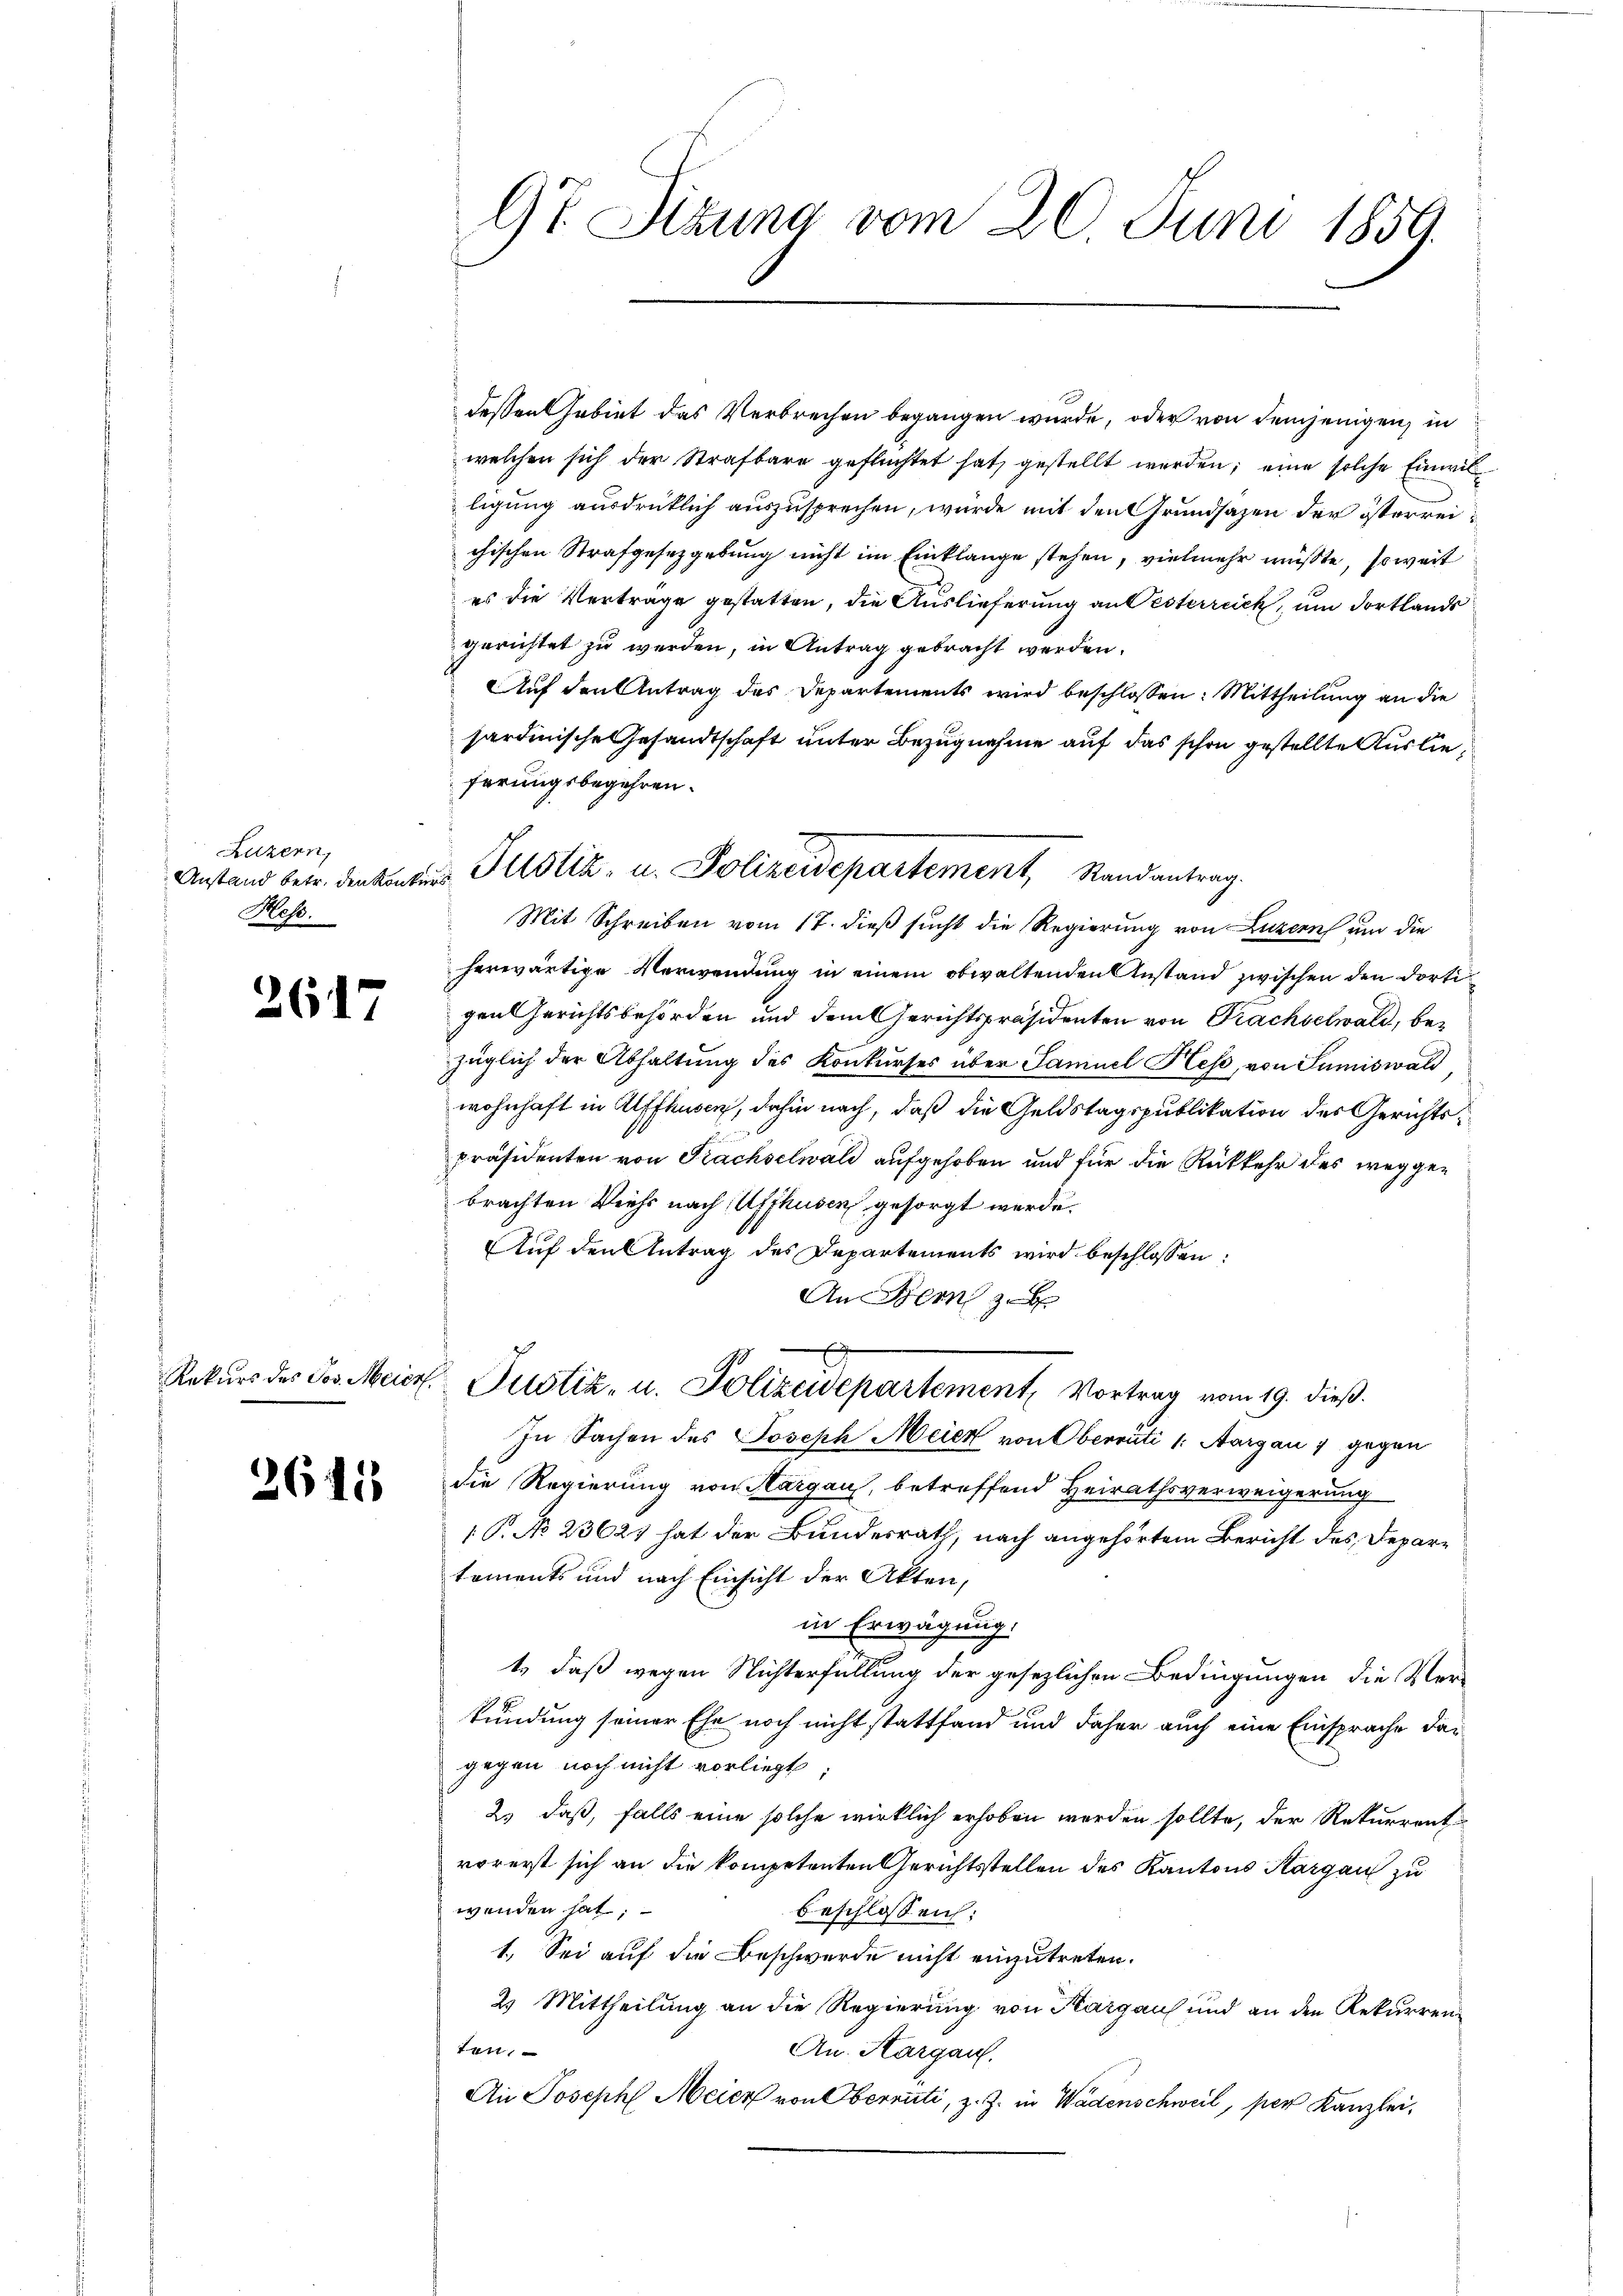
Luzern,
Hes.

2617

2641

97 Sizung vom 20. Juni 1859.

Anstand betr. den kantons Plistik- u. Polizeidepartement, Randantrag.

dessen Gebiet das Verbrechen begangen wurde, oder von demjenigen, in
welchen sich der Strafbare geflüchtet hat gestellt werden; eine solche Einwilligung ausdrücklich auszusprechen, wurde mit den Grundsazen der österreichischen Strafgesetzgebung nicht im Einklange stehen, vielmehr müßte, soweit
es die Vertrage gestatten, die Auslieferung an Oesterreich, um dortlands
gerichtet zu werden, in Antrag gebracht werden.
Auf den Antrag des Departements wird beschlossen: Mittheilung an die
sardinische Gesandtschaft unter Bezugnahme auf das schon gestellte Auslieferungsbegehren.
Mit Schreiben vom 17. dieß sucht die Regierung von Luzern und die
herwärtige Verwendung in einem obwaltenden Anstand zwischen den dortigen Gerichtsbehörden und dem Gerichtspräsidenten von Prachselwald, bezüglich der Abhaltung des Konkurses über Samuel Hess, von Sumiswald,
wohnhaft in Alffhusen, dahin nach, daß die Geldstagspublikation des Gerichtspräsidenten von Frachselwald aufgehoben und für die Rückkehr des weggebrachten Viehs nach Affhusen, gesorgt werde.
Auf den Antrag des Departements wird beschlossen:
An Dein
E
Rekŭrs des Jos. Meier Justiz- u. Polizeidepartement, Vortrag vom 19. dieβ.
In Sachen des Joseph Meier von Oberrüti 1: Aargau 1 gegen
die Regierung von Sargau, betreffend Heirathsverweigerung
 P. No 23627 hat der Bundesrath, nach angehörtem Bericht des Departoments und nach Einsicht der Akten,
in Erwägung.
t., daß wegen Nichterfüllung der gesezlichen Bedingungen die Ver-
kündung seiner Ehe noch nicht stattfand und daher auch eine Einsprache dargegen noch nicht vorliegt;
2.) daß, falls eine solche wirklich erhoben worden sollte, der Rekurrent
vorerst sich an die kompetenten Gerichtsstellen des Kantons Kargau zu
wenden hat;
beschlossen:
1. Sei auf die Beschwerde nicht einzutreten.
2) Mittheilung an die Regierung von Aargaus und an den Rekurrenten,
An. Aargau.
An Joseph Meier von Oberrüti, z. Z. in Wadenschweil, per Kanzlei,